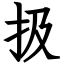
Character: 扱